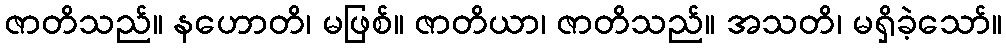
ဇာတိသည်။ နဟောတိ၊ မဖြစ်။ ဇာတိယာ၊ ဇာတိသည်။ အသတိ၊ မရှိခဲ့သော်။